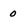
Character: 0